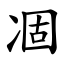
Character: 凅